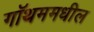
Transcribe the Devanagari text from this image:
गॉथममधील